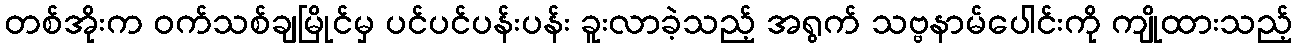
တစ်အိုးက ဝက်သစ်ချမြိုင်မှ ပင်ပင်ပန်းပန်း ခူးလာခဲ့သည့် အရွက် သဗ္ဗနာမ်ပေါင်းကို ကျိုထားသည့်